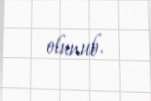
olunub.